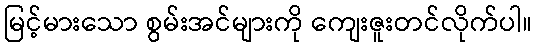
မြင့်မားသော စွမ်းအင်များကို ကျေးဇူးတင်လိုက်ပါ။